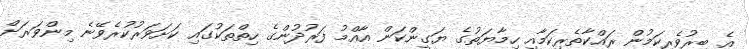
އެ ބިރުވެރިކަމުން ރައްކާތެރިކަމާއި ހިމާޔަތުގެ ޔަގީންކަން އާއްމު ފަރުދުންގެ ހިތްތަކުގައި ކަށަވަރުކުރެވޭނެ މިންވަރަށް